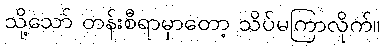
သို့သော် တန်းစီရာမှာတော့ သိပ်မကြာလိုက်။